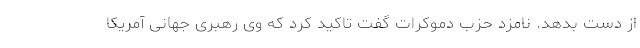
از دست بدهد. نامزد حزب دموکرات گفت تاکید کرد که وی رهبری جهانی آمریکا